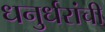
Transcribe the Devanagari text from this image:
धनुर्धरांची